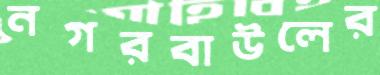
নগরবাউলের